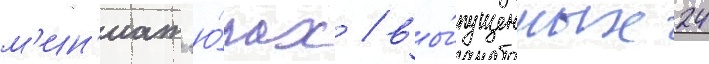
м'ин'иат'ю́рах / вы́пущенных 24